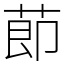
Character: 莭